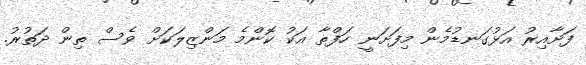
ފަށާއިރު އަޅުގަނޑުމެން މިފަށަނީ ހަފްތާ އަކު ކޮންމެ މަންޒިލަކަށް ވެސް ތިން ދަތުރު.